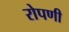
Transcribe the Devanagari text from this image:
रोपणी